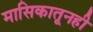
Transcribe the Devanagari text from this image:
मासिकातूनही